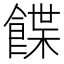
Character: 䭎